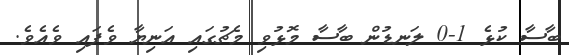
ބާސާ ކުޅެ 1-0 ލަނޑުން ބާސާ މޮޅުވި މެޗުގައި އަނިޔާ ވެފައި ވެއެވެ.